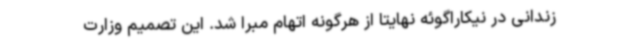
زندانی در نیکاراگوئه نهایتا از هرگونه اتهام مبرا شد. این تصمیم وزارت